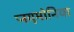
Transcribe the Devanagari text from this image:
प्नयूमोनिया